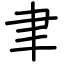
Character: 聿